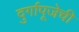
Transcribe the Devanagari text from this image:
दुर्गापूजेची